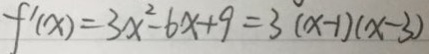
f ^ { \prime } ( x ) = 3 x ^ { 2 } - 6 x + 9 = 3 ( x - 1 ) ( x - 3 )